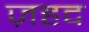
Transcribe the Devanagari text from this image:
ज़हद